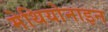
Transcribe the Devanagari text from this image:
मेथियोनाइन